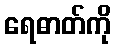
ရေဓာတ်ကို